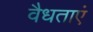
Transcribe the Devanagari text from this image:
वैधताएं